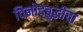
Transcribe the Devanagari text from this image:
विनोदबुद्धीचा